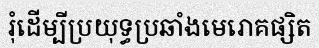
រុំដើម្បីប្រយុទ្ធប្រឆាំងមេរោគផ្សិត